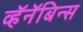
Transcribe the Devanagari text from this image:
व्हॅनॅबिन्स